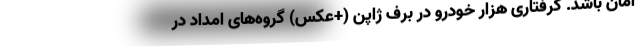
امان باشد. گرفتاری هزار خودرو در برف ژاپن (+عکس) گروه‌های امداد در